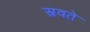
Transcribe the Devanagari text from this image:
स्रवते